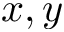
x , y